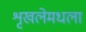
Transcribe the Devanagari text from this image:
शृखलेमधला